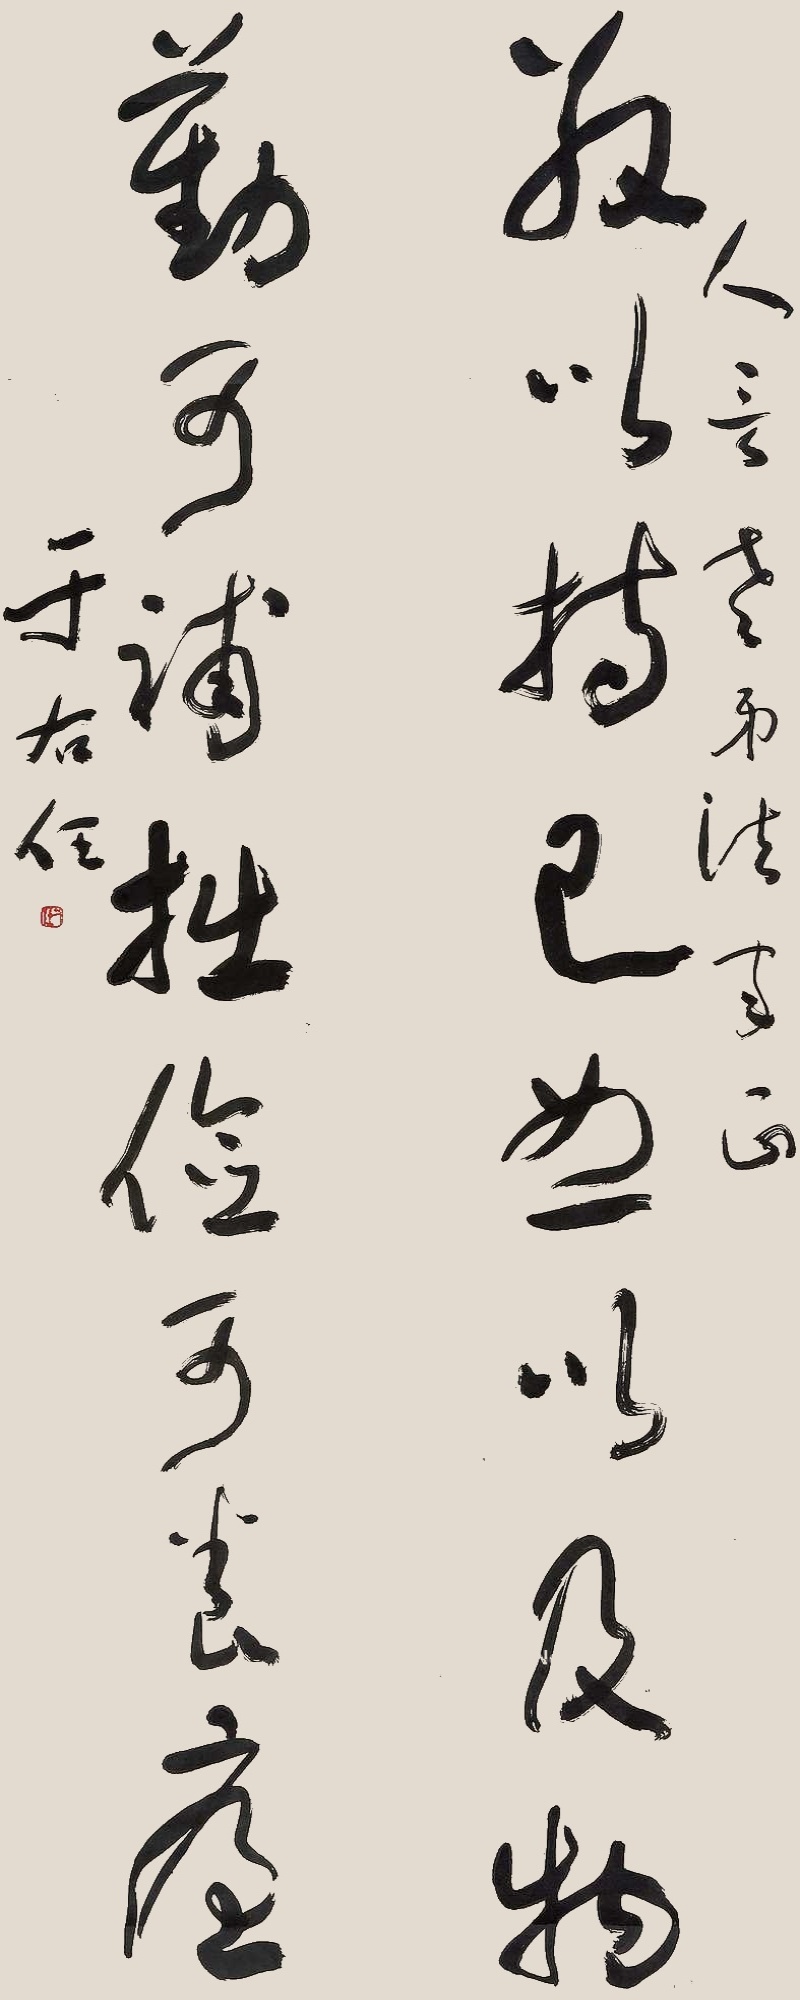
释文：敬以持己恕以及物，勤可辅拙俭可养廉。人言老弟法教正，于右任。